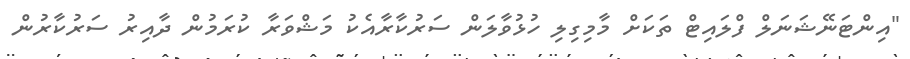
"އިންޓަނޭޝަނަލް ފްލައިޓް ތަކަށް މާމިގިލި ހުޅުވާލަން ސަރުކާރާއެކު މަޝްވަރާ ކުރަމުން ދާއިރު ސަރުކާރުން